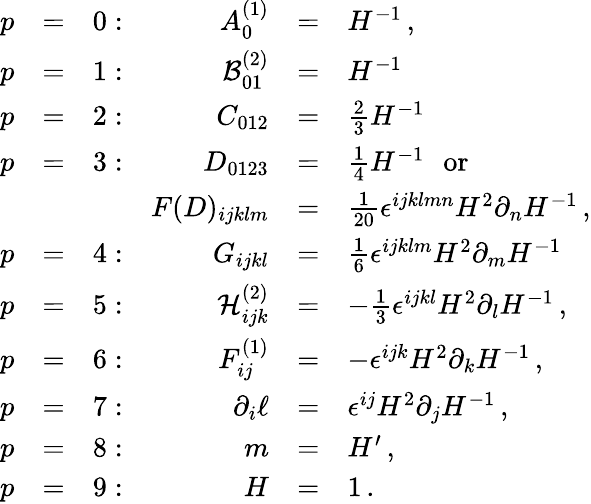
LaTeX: \begin{array}{rclrcl}{{p}}&{{=}}&{{0:}}&{{A_{0}^{(1)}}}&{{=}}&{{H^{-1}\, ,}}\\ {{p}}&{{=}}&{{1:}}&{{{\cal B}_{01}^{(2)}}}&{{=}}&{{H^{-1}\, }}\\ {{p}}&{{=}}&{{2:}}&{{C_{012}}}&{{=}}&{{{\frac{2}{3}}H^{-1}\, }}\\ {{p}}&{{=}}&{{3:}}&{{D_{0123}}}&{{=}}&{{{\frac{1}{4}}H^{-1}\, \ \ \mathrm{or}}}\\ {{}}&{{}}&{{}}&{{F(D)_{ijklm}}}&{{=}}&{{{\frac{1}{20}}\epsilon^{ijklmn}H^{2}\partial_{n}H^{-1}\, ,}}\\ {{p}}&{{=}}&{{4:}}&{{G_{ijkl}}}&{{=}}&{{{\frac{1}{6}}\epsilon^{ijklm}H^{2}\partial_{m}H^{-1}\, }}\\ {{p}}&{{=}}&{{5:}}&{{{\cal H}_{ijk}^{(2)}}}&{{=}}&{{-{\frac{1}{3}}\epsilon^{ijkl}H^{2}\partial_{l}H^{-1}\, ,}}\\ {{p}}&{{=}}&{{6:}}&{{F_{ij}^{(1)}}}&{{=}}&{{-\epsilon^{ijk}H^{2}\partial_{k}H^{-1}\, ,}}\\ {{p}}&{{=}}&{{7:}}&{{\partial_{i}\ell}}&{{=}}&{{\epsilon^{ij}H^{2}\partial_{j}H^{-1}\, ,}}\\ {{p}}&{{=}}&{{8:}}&{{m}}&{{=}}&{{H^{\prime}\, ,}}\\ {{p}}&{{=}}&{{9:}}&{{H}}&{{=}}&{{1\, .}}\end{array}